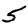
Digit: 5